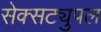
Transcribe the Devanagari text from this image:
सेक्सट्युपल